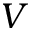
V